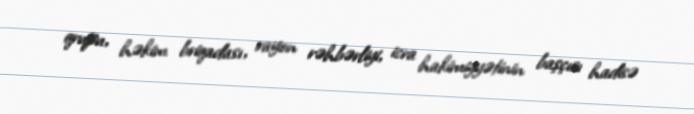
qrupu, həkim briqadası, rayon rəhbərliyi, icra hakimiyyətinin başçısı hadisə